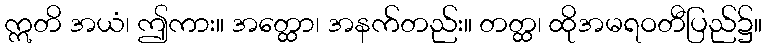
ဣတိ အယံ၊ ဤကား။ အတ္ထော၊ အနက်တည်း။ တတ္ထ၊ ထိုအမရဝတီပြည်၌။